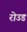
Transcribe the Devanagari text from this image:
रोउड